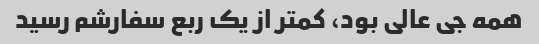
همه جی عالی بود، کمتر از یک ربع سفارشم رسید